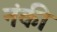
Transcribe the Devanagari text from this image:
नंकी